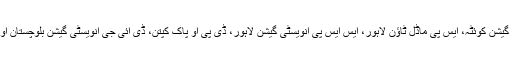
وہ ڈی پی او قصور، ڈی آئی جی انویسٹی گیشن کوئٹہ، ایس پی ماڈل ٹاؤن لاہور، ایس ایس پی انویسٹی گیشن لاہور، ڈی پی او پاک کپتن، ڈی آئی جی انویسٹی گیشن بلوچستان اور چیف ٹریفک آفیسر لاہور تعینات رہے۔